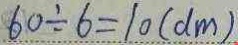
6 0 \div 6 = 1 0 ( d m )